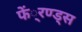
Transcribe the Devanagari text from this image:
फें्रण्ड्स